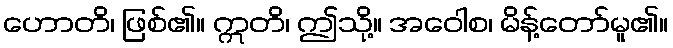
ဟောတိ၊ ဖြစ်၏။ ဣတိ၊ ဤသို့။ အဝေါစ၊ မိန့်တော်မူ၏။